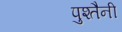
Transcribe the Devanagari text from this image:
पुश्‍तैनी